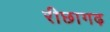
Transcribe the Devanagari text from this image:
रीछागढ़